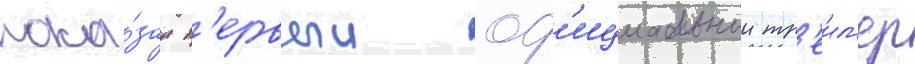
пока́зан п'ервыи оф'ициальныи тр'еил'ер